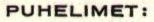
PUHELIMET: